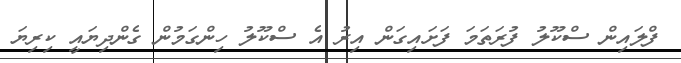
ފްލައިން ސްކޫލު ފުރަތަމަ ފަށައިގަން އިރު އެ ސްކޫލު ހިންގަމުން ގެންދިޔައީ ކިރިޔަ